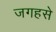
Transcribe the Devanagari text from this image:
जगहसे